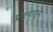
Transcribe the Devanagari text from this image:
प्रलयातून